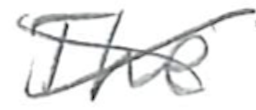
Text: The
Cross-out: cross
Writing tool: pencil